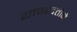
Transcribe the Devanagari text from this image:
यापध्दतीने